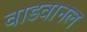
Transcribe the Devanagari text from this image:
वाडवानल